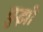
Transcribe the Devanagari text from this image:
युझी